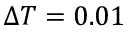
\Delta T = 0 . 0 1